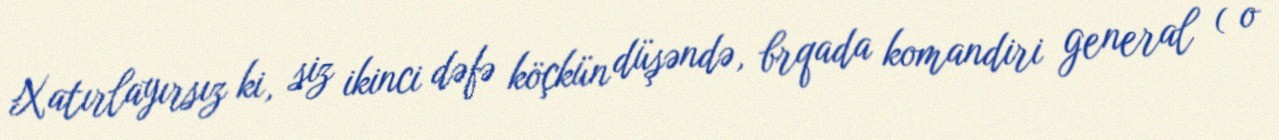
Xatırlayırsız ki, siz ikinci dəfə köçkün düşəndə, brqada komandiri general ( o